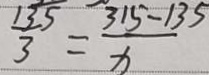
\frac { 1 3 5 } { 3 } = \frac { 3 1 5 - 1 3 5 } { x }